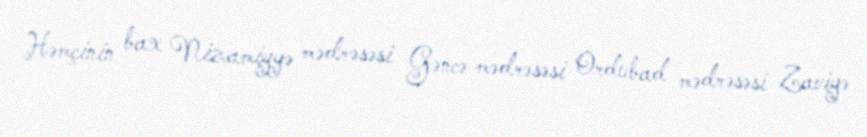
Həmçinin bax Nizamiyyə mədrəsəsi Gəncə mədrəsəsi Ordubad mədrəsəsi Zaviyə